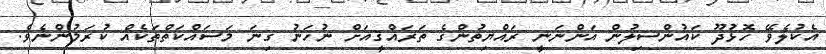
އެކުލެވޭ ހޮޅުދޫ ކައުންސިލުން އަންނަނީ ރައްޔިތުންގެ ތަރައްޤީއަށް ނުހަނު ގިނަ މަސައްކަތްތަކެއް ކުރަމުންނެވެ.